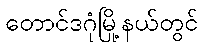
တောင်ဒဂုံမြို့နယ်တွင်